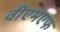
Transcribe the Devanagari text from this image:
वीएमएफ